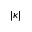
| \kappa |